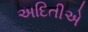
અદિતીએ